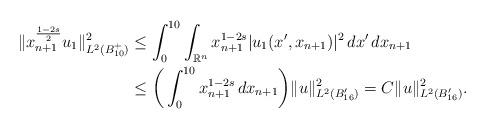
LaTeX: \begin{align*}\|x_{n+1}^{\frac{1-2s}{2}}u_{1}\|_{L^{2}(B_{10}^{+})}^{2} & \le\int_{0}^{10}\int_{\mathbb{R}^{n}}x_{n+1}^{1-2s}|u_{1}(x',x_{n+1})|^{2}\,dx'\,dx_{n+1} \\ & \le\bigg(\int_{0}^{10}x_{n+1}^{1-2s}\,dx_{n+1}\bigg)\|u\|_{L^{2}(B_{16}')}^{2}=C\|u\|_{L^{2}(B_{16}')}^{2}.\end{align*}